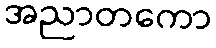
အညာတကော